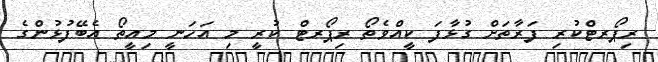
ރިޕޯރޓްކުރި ފަރާތަށް ގުޅާފަ ކީއްވެތޯ ރިޕޯރޓް ކުރީ މި އަހަނީ މިއީތޯ އެބޭފުޅުންގެ